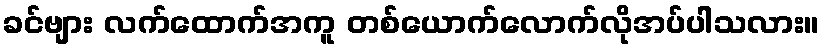
ခင်ဗျား လက်ထောက်အကူ တစ်ယောက်လောက်လိုအပ်ပါသလား။